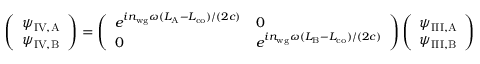
\left( \begin{array} { l } { \psi _ { \mathrm { I V , A } } } \\ { \psi _ { \mathrm { I V , B } } } \end{array} \right) = \left( \begin{array} { l l } { e ^ { i n _ { \mathrm { w g } } \omega ( L _ { \mathrm { A } } - L _ { \mathrm { c o } } ) / ( 2 c ) } } & { 0 } \\ { 0 } & { e ^ { i n _ { \mathrm { w g } } \omega ( L _ { \mathrm { B } } - L _ { \mathrm { c o } } ) / ( 2 c ) } } \end{array} \right) \left( \begin{array} { l } { \psi _ { \mathrm { I I I , A } } } \\ { \psi _ { \mathrm { I I I , B } } } \end{array} \right)